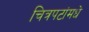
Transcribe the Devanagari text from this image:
चित्रपटांमधे